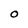
Character: 0